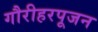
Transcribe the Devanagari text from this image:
गौरीहरपूजन